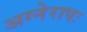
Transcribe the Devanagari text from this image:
अग्नेरापः